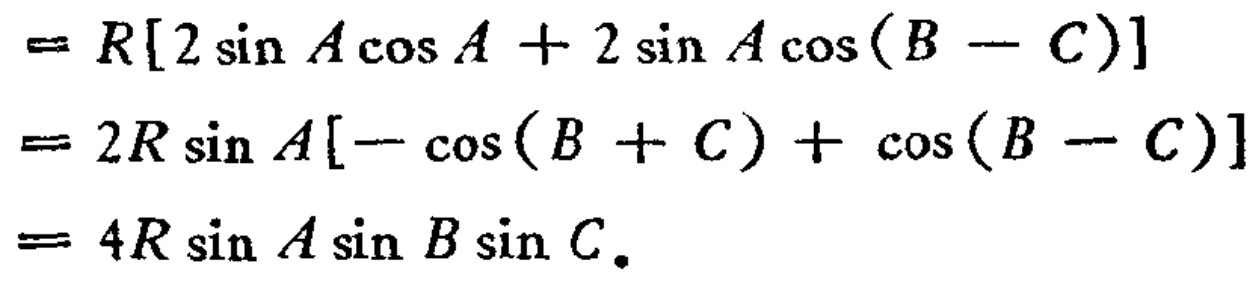
\[
\begin{align*}
&=R[2\sin A\cos A + 2\sin A\cos(B - C)]\\
&=2R\sin A[-\cos(B + C)+\cos(B - C)]\\
&=4R\sin A\sin B\sin C.
\end{align*}
\]